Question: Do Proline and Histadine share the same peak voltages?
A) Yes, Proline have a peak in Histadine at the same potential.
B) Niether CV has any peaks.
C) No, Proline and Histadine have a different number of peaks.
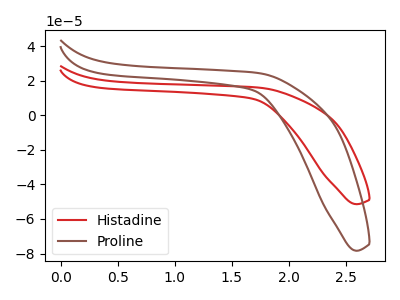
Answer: <think>The red curve "Histadine" has no peaks. The brown curve "Proline" has no peaks.</think>
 <answer>B) Niether CV has any peaks.</answer>
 <eval>B</eval>